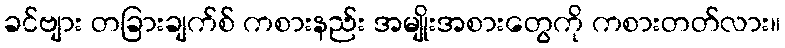
ခင်ဗျား တခြားချက်စ် ကစားနည်း အမျိုးအစားတွေကို ကစားတတ်လား။